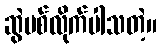
ဆွဲပစ်လိုက်ပါသတဲ့။